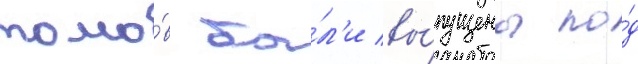
томо́в бы́л'и вы́пущены по́д